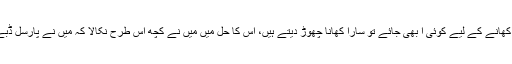
کسی کے پاس جانے کا وقت نہیں ہوتا ، اور دوسری جانب اگر کھانا کھانے کے لیے کوئی آ بھی جائے تو سارا کھانا چھوڑ دیتے ہیں، اس کا حل میں میں نے کچھ اس طرح نکالا کہ میں نے پارسل ڈبے منگوائے اور پورے گاؤں کے افراد کی ایک فہرست مرتب کی اور